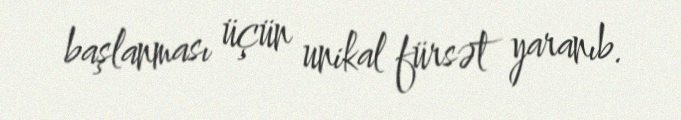
başlanması üçün unikal fürsət yaranıb.